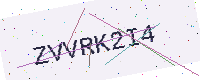
Text: ZVVRK2I4